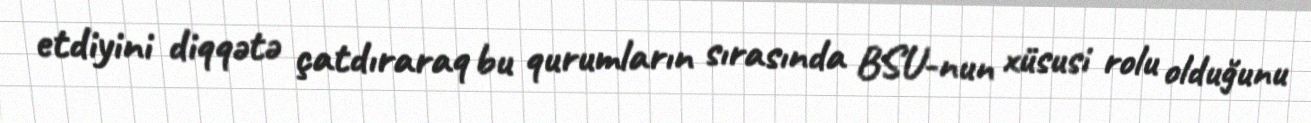
etdiyini diqqətə çatdıraraq bu qurumların sırasında BSU-nun xüsusi rolu olduğunu